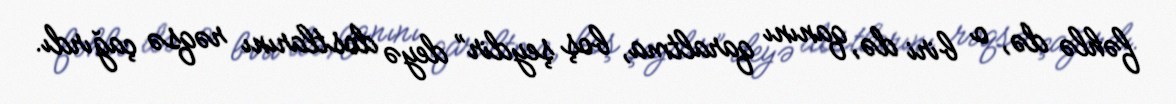
fəhlə də, o biri də, qanını qaraltma, boş şeydir” deyə dostlarını rəqsə çağırdı.